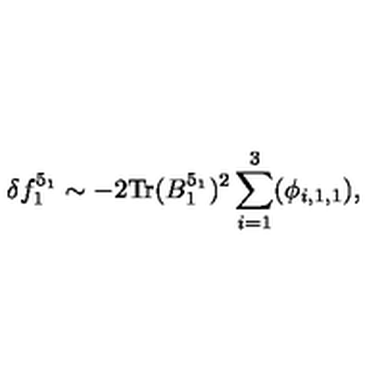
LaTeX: \delta f _ { 1 } ^ { 5 _ { 1 } } \sim - 2 \mathrm { T r } ( B _ { 1 } ^ { 5 _ { 1 } } ) ^ { 2 } \sum _ { i = 1 } ^ { 3 } ( \phi _ { i , 1 , 1 } ) ,